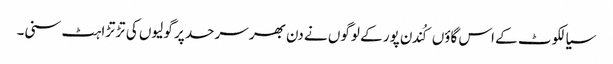
سیالکوٹ کے اس گاؤں کُندن پور کے لوگوں نے دن بھر سرحد پر گولیوں کی تڑتڑاہٹ سنی۔